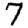
Digit: 7